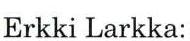
Erkki Larkka: